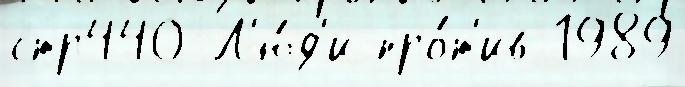
стр440 Л'ю́д'и про́т'ив 1989